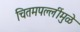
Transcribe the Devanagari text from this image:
चितमपल्लींमुळे